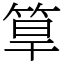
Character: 筸